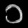
Digit: ၁